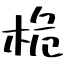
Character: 桅